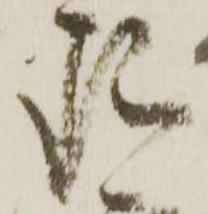
珎